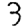
Digit: 3